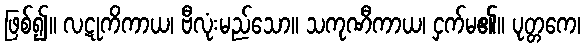
ဖြစ်၍။ လဋုကိကာယ၊ ဗီလုံးမည်သော။ သကုဏီကာယ၊ ငှက်မ၏။ ပုတ္တကေ၊